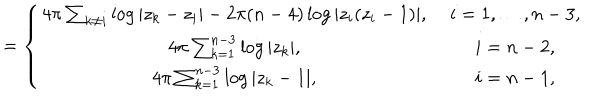
= \left\{ \begin{array} { c c } { { 4 \pi \sum _ { k \ne i } \log | z _ { k } - z _ { i } | - 2 \pi ( n - 4 ) \log | z _ { i } ( z _ { i } - 1 ) | , \; } } & { { i = 1 , \ldots , n - 3 , } } \\ { { 4 \pi \sum _ { k = 1 } ^ { n - 3 } \log | z _ { k } | , \; } } & { { i = n - 2 , } } \\ { { 4 \pi \sum _ { k = 1 } ^ { n - 3 } \log | z _ { k } - 1 | , \; } } & { { i = n - 1 , } } \\ \end{array} \right.